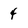
Character: 4